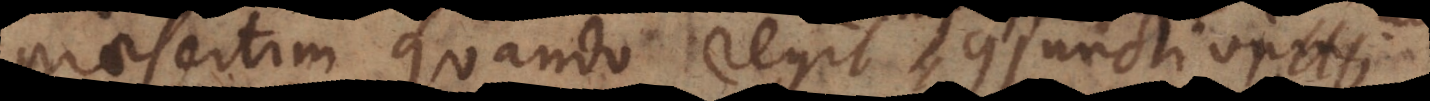
praesertim quando regit conjunctivum;